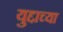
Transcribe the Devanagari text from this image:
युद्दाच्या